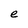
Character: e